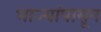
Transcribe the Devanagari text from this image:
भाज्यांपासून